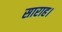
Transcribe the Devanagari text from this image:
साराह।